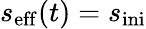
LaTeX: s_{\mathrm{eff}}(t)=s_{\mathrm{ini}}